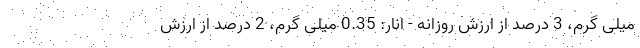
میلی گرم، 3 درصد از ارزش روزانه - انار: 0.35 میلی گرم، 2 درصد از ارزش